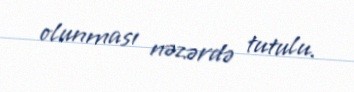
olunması nəzərdə tutulu.